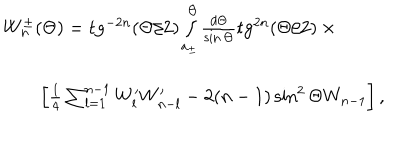
\begin{array} { l } { { W _ { n } ^ { \pm } ( \Theta ) = \mathrm { t g } ^ { - 2 n } ( \Theta / 2 ) \int _ { a _ { \pm } } ^ { \Theta } \frac { d \Theta } { \sin \Theta } \mathrm { t g } ^ { 2 n } ( \Theta / 2 ) \times { } \qquad { } } } \\ { { \qquad \left[ \frac 1 4 \sum _ { l = 1 } ^ { n - 1 } W _ { l } ^ { \prime } W _ { n - l } ^ { \prime } - 2 ( n - 1 ) \sin ^ { 2 } \Theta W _ { n - 1 } \right] , } } \\ \end{array}